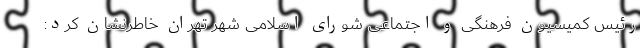
رئیس کمیسیون فرهنگی و اجتماعی شورای اسلامی شهر تهران خاطرنشان کرد: